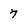
Character: 7